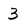
Character: 3